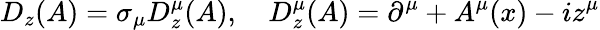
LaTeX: D_{z}(A)=\sigma_{\mu}D_{z}^{\mu}(A),~~~~D_{z}^{\mu}(A)=\partial^{\mu}+A^{\mu}(x)-iz^{\mu}